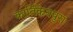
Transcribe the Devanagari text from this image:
कार्तिकेयपुरा